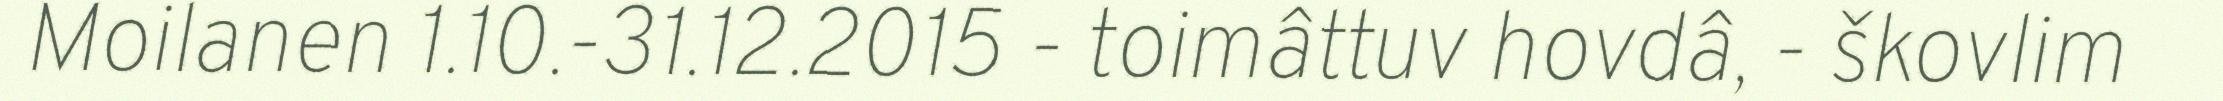
Moilanen 1.10.-31.12.2015 - toimâttuv hovdâ, - škovlim